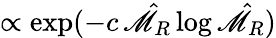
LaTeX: \propto\exp(-c\, \hat{\mathscr{M}}_{R}\log\hat{\mathscr{M}}_{R})